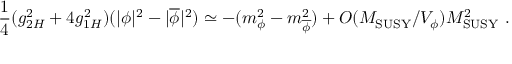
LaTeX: { \frac { 1 } { 4 } } ( g _ { 2 H } ^ { 2 } + 4 g _ { 1 H } ^ { 2 } ) ( | \phi | ^ { 2 } - | \overline { { { \phi } } } | ^ { 2 } ) \simeq - ( m _ { \phi } ^ { 2 } - m _ { \overline { { { \phi } } } } ^ { 2 } ) + { \cal O } ( M _ { \mathrm { S U S Y } } / V _ { \phi } ) M _ { \mathrm { S U S Y } } ^ { 2 } ~ .